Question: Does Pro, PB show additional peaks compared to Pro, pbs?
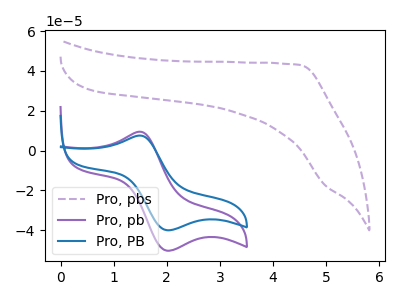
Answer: <think>The purple dashed curve "Pro, pbs" has no peaks. The purple curve "Pro, pb" has an anodic peak at (1.50V, 9.45uA) and a cathodic peak at (2.00V, -50.30uA). The blue curve "Pro, PB" has an anodic peak at (1.50V, 7.50uA) and a cathodic peak at (2.00V, -40.00uA).
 "Pro, PB" and "Pro, pbs" have a different number of peaks.</think>
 <answer>Yes, "Pro, PB" and "Pro, pbs" are different in shape.</answer>
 <eval>yes_change</eval>